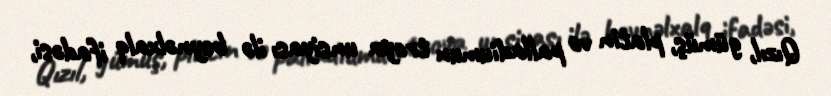
Qızıl, gümüş, platin və palladiumun troya unsiyası ilə beynəlxalq ifadəsi,